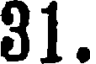
31.